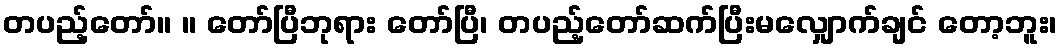
တပည့်တော်။ ။ တော်ပြီဘုရား တော်ပြီ၊ တပည့်တော်ဆက်ပြီးမလျှောက်ချင် တော့ဘူး၊